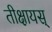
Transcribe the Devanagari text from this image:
तीक्षायस्